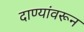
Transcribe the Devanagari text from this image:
दाण्यांवरून